Report of the Indian Hemp Drugs Commission, 1894-1895 - Volume IV
Year: 1894
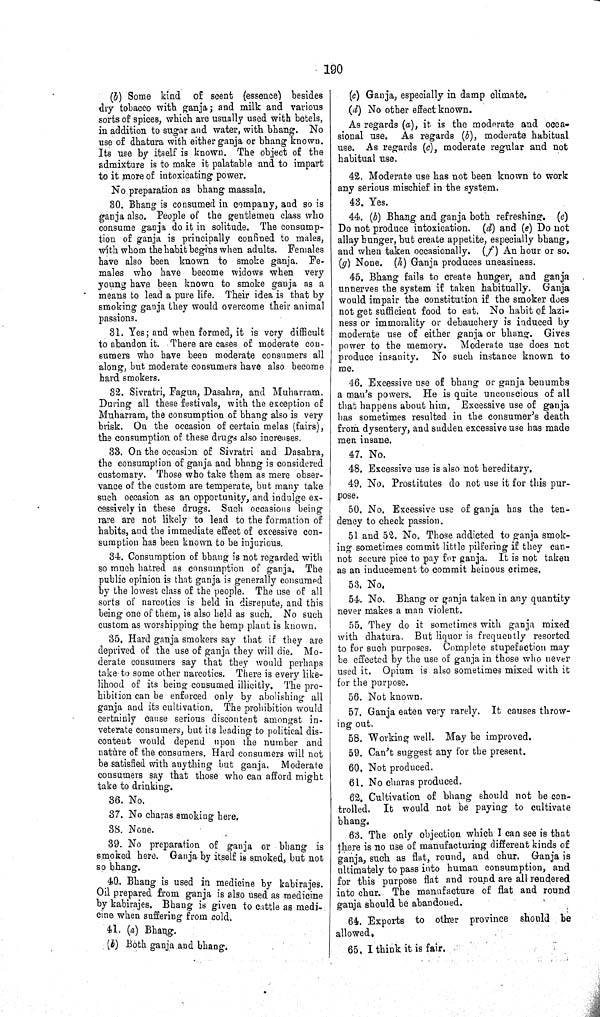
190
(b) Some kind
of scent (essence) besides
dry tobacco with ganja; and milk and various
sorts of spices, which are usually used with betels,
in addition to sugar and water, with bhang. No
use of dhatura with either ganja or bhang known.
Its use by itself is known. The object of the
admixture is to make it palatable and to impart
to it more of intoxicating power.
No preparation as bhang massala.
30. Bhang is consumed in company, and so is
ganja also. People of the gentlemen class who
consume ganja do it in solitude. The consump-
tion of ganja is principally confined to males,
with whom the habit begins when adults. Females
have also been known to smoke ganja. Fe-
males who have become widows when very
young have been known to smoke ganja as a
means to lead a pure life. Their idea is that by
smoking ganja they would overcome their animal
passions.
31. Yes; and when formed, it is very difficult
to abandon it. There are cases of moderate con-
sumers who have been moderate consumers all
along, but moderate consumers have also become
hard smokers.
32. Sivratri, Fagua, Dasahra, and Muharram.
During all these festivals, with the exception of
Muharram, the consumption of bhang also is very
brisk. On the occasion of certain melas (fairs),
the consumption of these drugs also increases.
33. On the occasion of Sivratri and Dasahra,
the consumption of ganja and bhang is considered
customary. Those who take them as mere obser-
vance of the custom are temperate, but many take
such occasion as an opportunity, and indulge ex-
cessively in these drugs. Such occasions being
rare are not likely to lead to the formation of
habits, and the immediate effect of excessive con-
sumption has been known to be injurious.
34. Consumption of bhang is not regarded with
so much hatred as consumption of ganja. The
public opinion is that ganja is generally consumed
by the lowest class of the people. The use of all
sorts of narcotics is held in disrepute, and this
being one of them, is also held as such. No such
custom as worshipping the hemp plant is known.
35. Hard ganja smokers say that if they are
deprived of the use of ganja they will die. Mo-
derate consumers say that they would perhaps
take to some other narcotics. There is every like-
lihood of its being consumed illicitly. The pro-
hibition can be enforced only by abolishing all
ganja and its cultivation. The prohibition would
certainly cause serious discontent amongst in-
veterate consumers, but its leading to political dis-
content would depend upon the number and
nature of the consumers. Hard consumers will not
be satisfied with anything but ganja. Moderate
consumers say that those who can afford might
take to drinking.
36. No.
37. No charas smoking here.
38. None.
39. No preparation of ganja or bhang is
smoked here. Ganja by itself is smoked, but not
so bhang.
40. Bhang is used in medicine by kabirajes.
Oil prepared from ganja is also used as medicine
by kabirajes. Bhang is given to cattle as medi-
cine when suffering from cold.
41. (a) Bhang.
(b) Both ganja and bhang.
(c) Ganja, especially in damp climate.
(d) No other effect known.
As regards (a), it is the moderate and occa-
sional use.
As regards (b), moderate habitual
use. As regards (c), moderate regular and not
habitual use.
42. Moderate use has not been known to work
any serious mischief in the system.
43. Yes.
44. (b) Bhang and ganja both refreshing. (c)
Do not produce intoxication. (d) and (e) Do not
allay hunger, but create appetite, especially bhang,
and when taken occasionally. (f) An hour or so.
(g) None. (h) Ganja produces uneasiness.
45. Bhang fails to create hunger, and ganja
unnerves the system if taken habitually.
Ganja
would impair the constitution if the smoker does
not get sufficient food to eat. No habit of lazi-
ness or immorality or debauchery is induced by
moderate use of either ganja or bhang. Gives
power to the memory.
Moderate use does not
produce insanity.
No such instance known to
me.
46. Excessive use of bhang or ganja benumbs
a man's powers. He is quite unconscious of all
that happens about him. Excessive use of ganja
has sometimes resulted in the consumer's death
from dysentery, and sudden excessive use has made
men insane.
47. No.
48. Excessive use is also not hereditary.
49. No. Prostitutes do not use it for this pur-
pose.
50. No. Excessive use of ganja has the ten-
dency to check passion.
51 and 52. No. Those addicted to ganja smok-
ing sometimes commit little pilfering if they can-
not secure pice to pay for ganja. It is not taken
as an inducement to commit heinous crimes.
53. No.
54. No. Bhang or ganja taken in any quantity
never makes a man violent.
55. They do it sometimes with ganja mixed
with dhatura. But liquor is frequently resorted
to for such purposes. Complete stupefaction may
be effected by the use of ganja in those who never
used it. Opium is also sometimes mixed with it
for the purpose.
56. Not known.
57. Ganja eaten very rarely. It causes throw-
ing out.
58. Working well. May be improved.
59. Can't suggest any for the present.
60. Not produced.
61. No charas produced.
62. Cultivation of bhang should not be con-
trolled.
It would not be paying to cultivate
bhang.
63. The only objection which I can see is that
there is no use of manufacturing different kinds of
ganja, such as flat, round, and chur. Ganja is
ultimately to pass into human consumption, and
for this purpose flat and round are all rendered
into chur. The manufacture of flat and round
ganja should be abandoned.
64. Exports to other province
should be
allowed.
65. I think it is fair.